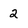
Character: 2